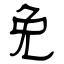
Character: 免